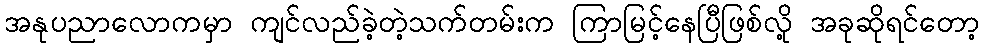
အနုပညာလောကမှာ ကျင်လည်ခဲ့တဲ့သက်တမ်းက ကြာမြင့်နေပြီဖြစ်လို့ အခုဆိုရင်တော့